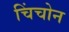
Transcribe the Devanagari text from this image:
चिंचोन